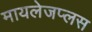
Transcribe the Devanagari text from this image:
मायलेजप्लस